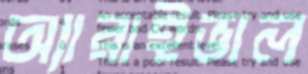
অ্যারাইভাল